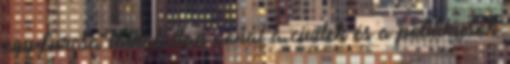
egy furcsa láthatatlan vonal a civilek és a politikusok